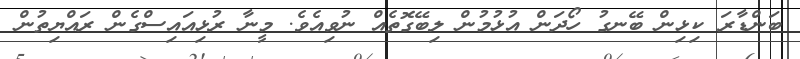
ބަންޑާރަ ކިޅިން ބޭނގު ހޯދަން އުޅުމުން ލިބޭގޮތެއް ނުވިއެވެ. މީނާ ރުޅިއައިސްގެން ރައްޔިތުން